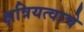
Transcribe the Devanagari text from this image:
क्षत्रियत्वाचे